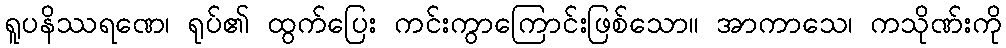
ရူပနိဿရဏေ၊ ရုပ်၏ ထွက်ပြေး ကင်းကွာကြောင်းဖြစ်သော။ အာကာသေ၊ ကသိုဏ်းကို